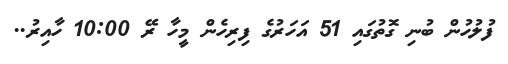
ފުލުހުން ބުނި ގޮތުގައި 51 އަހަރުގެ ފިރިހެން މީހާ ރޭ 10:00 ހާއިރު..